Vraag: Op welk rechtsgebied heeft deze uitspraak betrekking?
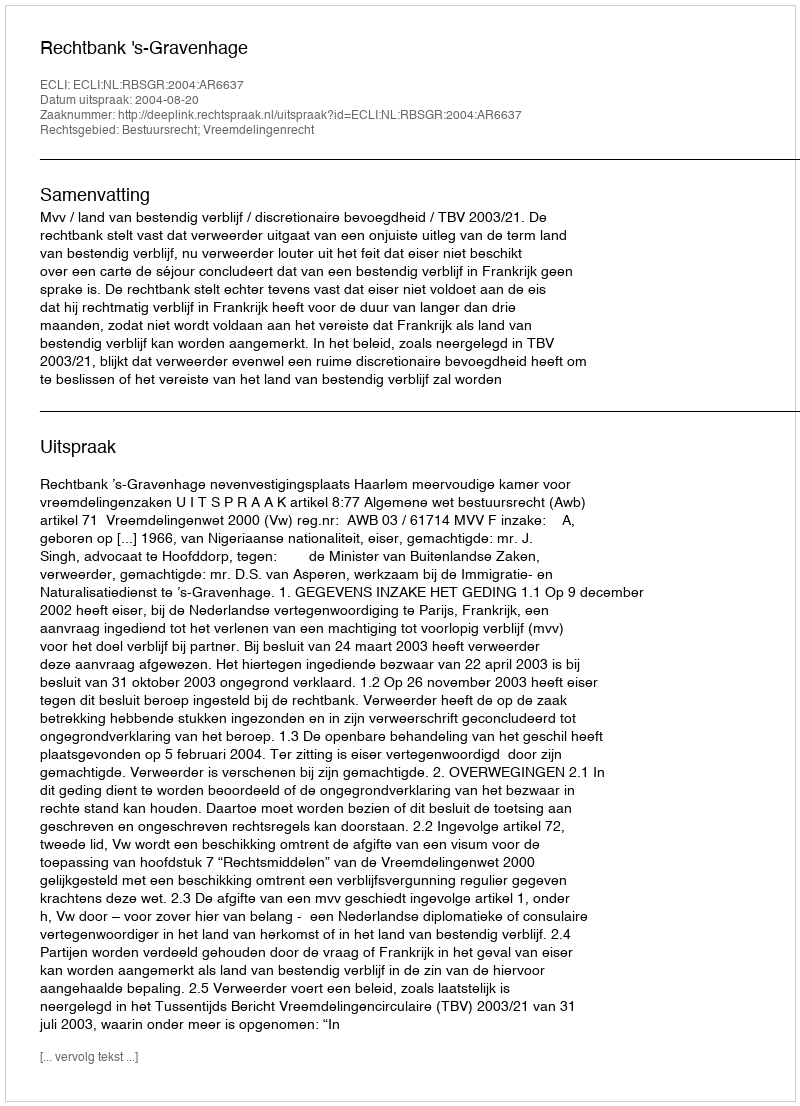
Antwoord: Bestuursrecht; Vreemdelingenrecht